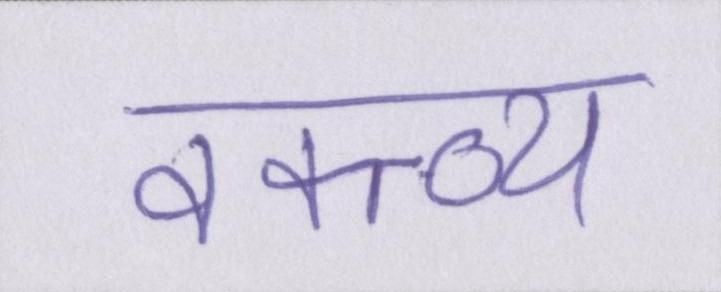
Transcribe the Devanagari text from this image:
वक्त्व्य